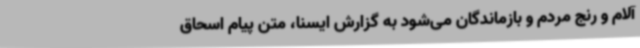
آلام و رنج مردم و بازماندگان می‌شود به گزارش ایسنا، متن پیام اسحاق